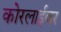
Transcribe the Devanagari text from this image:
कोरलाईवर